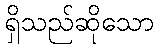
ရှိသည်ဆိုသော